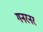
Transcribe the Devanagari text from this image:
गनरनर